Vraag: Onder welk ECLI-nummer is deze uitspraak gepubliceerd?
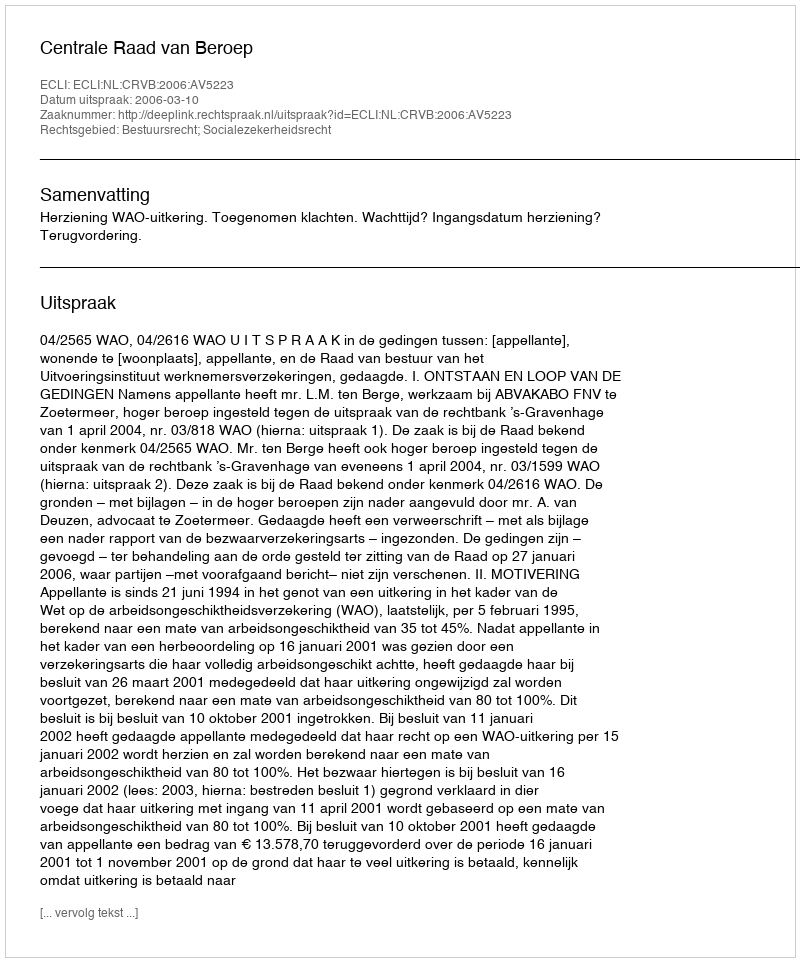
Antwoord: ECLI:NL:CRVB:2006:AV5223